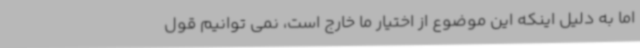
اما به دلیل اینکه این موضوع از اختیار ما خارج است، نمی توانیم قول